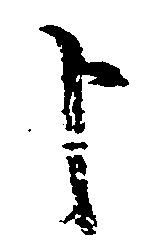
申